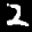
Label: 2